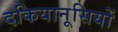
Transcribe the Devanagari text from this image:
दकियानूसियों